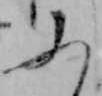
ふ